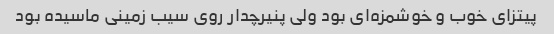
پیتزای خوب و خوشمزه‌ای بود ولی پنیرچدار روی سیب زمینی ماسیده بود